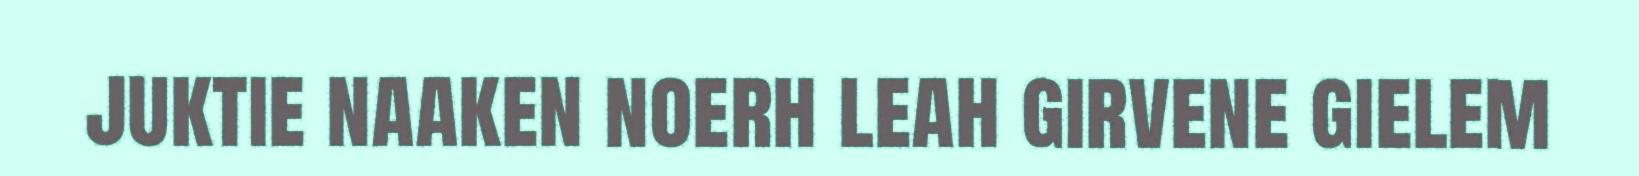
juktie naaken noerh leah girvene gielem